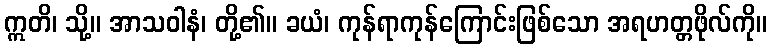
ဣတိ၊ သို့။ အာသဝါနံ၊ တို့၏။ ခယံ၊ ကုန်ရာကုန်ကြောင်းဖြစ်သော အရဟတ္တဖိုလ်ကို။